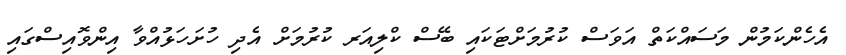
އެހެންކަމުން މަސައްކަތް އަވަސް ކުރުމަށްޓަކައި ބޭސް ކްލިއަރ ކުރުމަށް އެދި ހުށަހަޅުއްވާ އިންވޮއިސްގައި